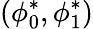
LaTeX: (\phi_{0}^{*},\phi_{1}^{*})